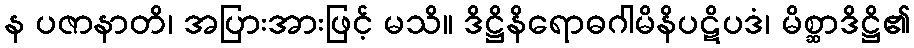
န ပဇာနာတိ၊ အပြားအားဖြင့် မသိ။ ဒိဋ္ဌိနိရောဓဂါမိနိပဋိပဒံ၊ မိစ္ဆာဒိဋ္ဌိ၏